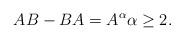
LaTeX: \begin{align*} AB-BA=A^{\alpha} \alpha\geq 2. \end{align*}